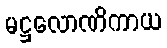
မဋ္ဌလောဏိကာယ